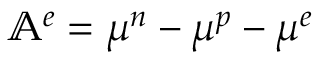
\mathbb { A } ^ { e } = \mu ^ { n } - \mu ^ { p } - \mu ^ { e }